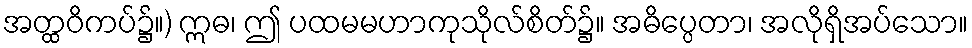
အတ္ထဝိကပ်၌။) ဣဓ၊ ဤ ပထမမဟာကုသိုလ်စိတ်၌။ အဓိပ္ပေတာ၊ အလိုရှိအပ်သော။